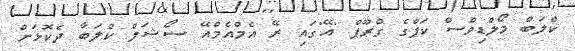
ކްލަބް މޯލްޑިވްސް ކަޕްގެ ގްރޫޕް 'އޭ'ގައި ރޭ އެމްއެމްއޭ ސޯޝަލް ކްލަބާ ދެކޮޅަށް